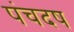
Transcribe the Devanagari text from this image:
पंचदष